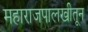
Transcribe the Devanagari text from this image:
महाराजपालखीतून